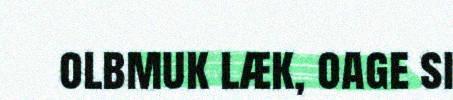
olbmuk læk, oage si